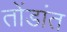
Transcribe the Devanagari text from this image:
तोंडांत